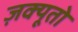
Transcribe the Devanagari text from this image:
ज़क्यूतो